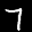
Label: 7